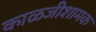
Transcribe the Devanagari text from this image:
काळजीशामक